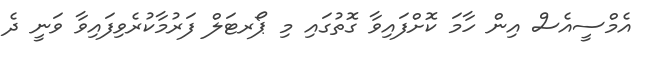
އެމްސީއެސް އިން ހާމަ ކޮށްފައިވާ ގޮތުގައި މި ޕޯރޓަލް ފަރުމާކުރެވިފައިވާ ވަނީ ދެ